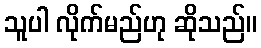
သူပါ လိုက်မည်ဟု ဆိုသည်။